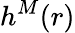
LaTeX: h^{M}(r)